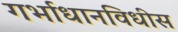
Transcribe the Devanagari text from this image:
गर्भाधानविधीस